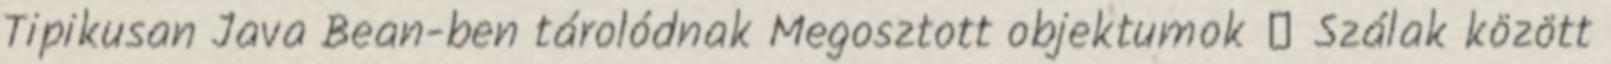
Tipikusan Java Bean-ben tárolódnak Megosztott objektumok  Szálak között